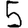
Digit: 5